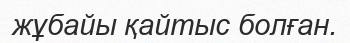
жұбайы қайтыс болған.